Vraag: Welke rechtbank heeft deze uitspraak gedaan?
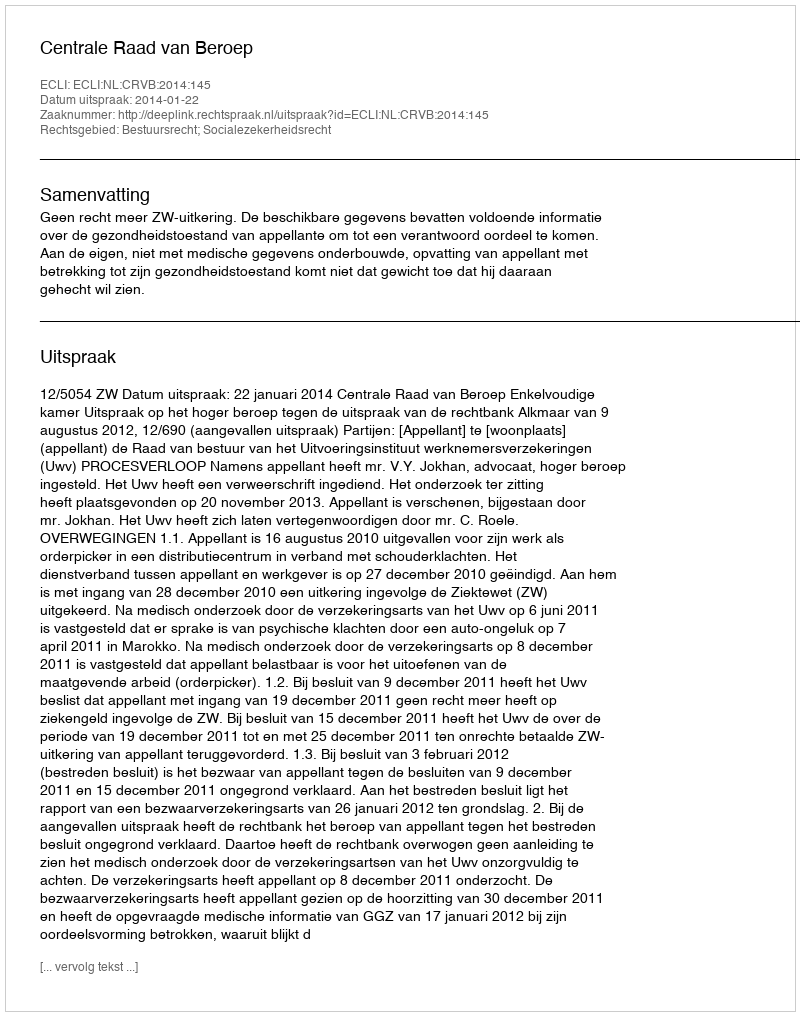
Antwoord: Centrale Raad van Beroep